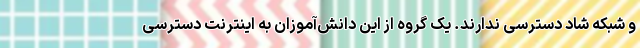
و شبکه شاد دسترسی ندارند. یک گروه از این دانش‌آموزان به اینترنت دسترسی